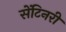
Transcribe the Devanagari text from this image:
सेंटिनरी